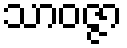
သာဝဇ္ဇာ